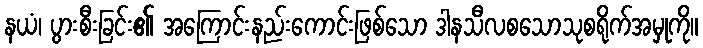
နယံ၊ ပွားစီးခြင်း၏ အကြောင်းနည်းကောင်းဖြစ်သော ဒါနသီလစသောသုစရိုက်အမှုကို။